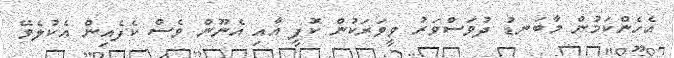
އެހެންކަމުން މާބަނޑު ދުވަސްވަރު ވީވަރަކުން ކޮފީ އާއި އެނޫން ވެސް ކެފެއިން އެކުލެވޭ